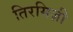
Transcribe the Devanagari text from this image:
तिरमिज़ी